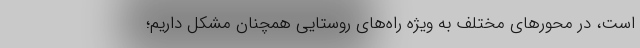
است، در محورهای مختلف به ویژه راه‌های روستایی همچنان مشکل داریم؛